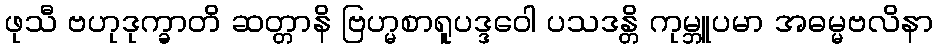
ဖုသီ ဗဟုဒုက္ခာတိ ဆတ္တာနိ ဗြဟ္မစာရူပဒ္ဒဝေါ ပသဒန္တိ ကုမ္ဘူပမာ အဓမ္မဗလိနာ